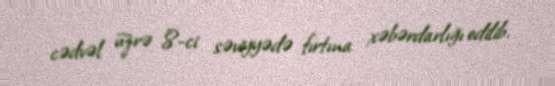
cədvəl üzrə 8-ci səviyyədə fırtına xəbərdarlığı edilib.